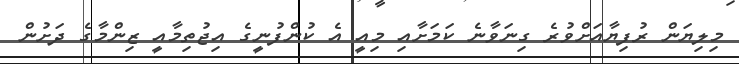
މިލިޔަން ރުފިޔާއަށްވުރެ ގިނަވާނެ ކަމަށާއި މިއީ އެ ކުންފުނީގެ އިޖުތިމާއީ ޒިންމާގެ ދަށުން